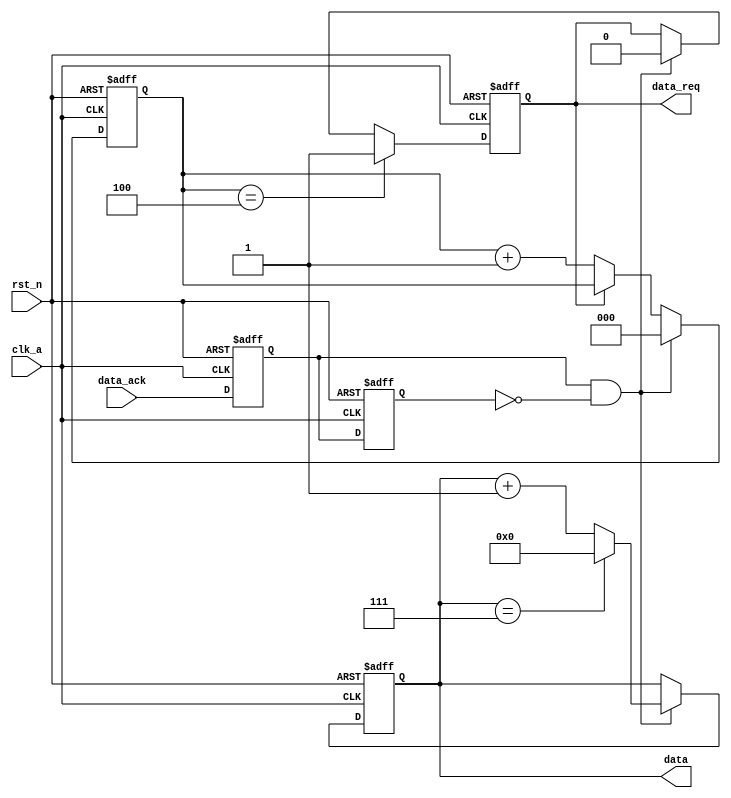
`timescale 1ns / 1ps
//////////////////////////////////////////////////////////////////////////////////
// Company: 
// Engineer: 
// 
// Design Name: 
// Module Name: data_driver
// Project Name: 
// Target Devices: 
// Tool Versions: 
// Description: 
// 
// Dependencies: 
// 
// Revision:
// Revision 0.01 - File Created
// Additional Comments:
// 
//////////////////////////////////////////////////////////////////////////////////


module data_driver(
	input            clk_a,
	input            rst_n,
	input            data_ack,
	output reg [3:0] data,
	output reg       data_req
    );


reg data_ack_1;
reg data_ack_2;
//
always@(posedge clk_a or negedge rst_n) begin
	if(rst_n==1'b0) begin
		data_ack_1<=1'b0;
		data_ack_2<=1'b0;
	end
	else begin
		data_ack_1<=data_ack;
		data_ack_2<=data_ack_1;
	end
end

reg[2:0] count;
// count
always @(posedge clk_a or negedge rst_n) begin
	if (rst_n==1'b0)
	  count <= 3'b0;
	else if (data_ack_1 && !data_ack_2)
	  count <= 3'b0;
	else if (data_req)
	  count <= count;
	else
	  count <= count + 1;
end

// data
always @(posedge clk_a or negedge rst_n) begin
	if (rst_n==1'b0)
	  data <= 4'b0;
	else if (data_ack_1 && !data_ack_2)
		if (data == 4'd7)
			data <= 4'd0;
		else
			data <= data + 1;
	else
	  data <= data;
end

// data_req
always @(posedge clk_a or negedge rst_n) begin
	if (rst_n==1'b0)
	  data_req <= 1'b0;
	else if (count == 3'd4)
	  data_req <= 1'b1;
	else if (data_ack_1 && !data_ack_2)
	  data_req <= 1'b0;
	else
	  data_req <= data_req;
end


    
endmodule